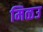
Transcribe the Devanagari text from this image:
मिळउ